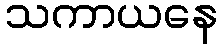
သကာယနေ